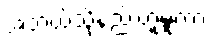
အဘယ်သို့နည်းဟူမူကား